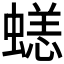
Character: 𧏮